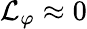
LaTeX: \mathcal{L}_{\varphi}\approx 0